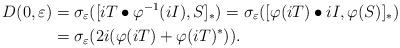
LaTeX: \begin{align*}D(0, \varepsilon)&= \sigma_{\varepsilon}([iT\bullet \varphi^{-1}(iI),S]_{\ast})=\sigma_{\varepsilon}([\varphi(iT)\bullet iI,\varphi(S)]_{\ast})\\&=\sigma_{\varepsilon}(2i(\varphi(iT)+\varphi(iT)^{\ast})).\end{align*}